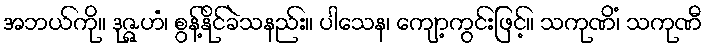
အဘယ်ကို။ ဒုဇ္ဇဟံ၊ စွန့်နိုင်ခဲသနည်း။ ပါသေန၊ ကျော့ကွင်းဖြင့်။ သကုဏိံ၊ သကုဏီ